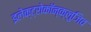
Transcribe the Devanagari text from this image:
इलेक्ट्रोकॉन्क्लुजिव